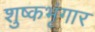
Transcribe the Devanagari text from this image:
शुष्कभृंगार